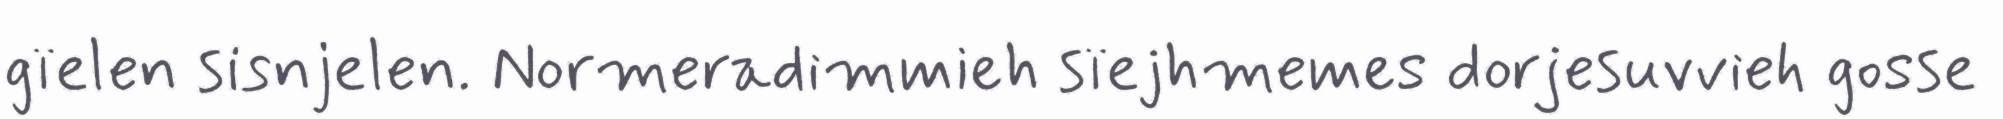
gïelen sisnjelen. Normeradimmieh sïejhmemes dorjesuvvieh gosse